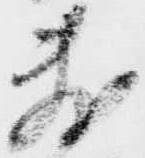
敷